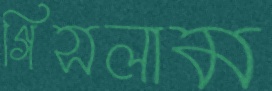
গিসলাম